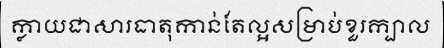
ក្លាយជាសារធាតុកាន់តែល្អសម្រាប់ខួរក្បាល